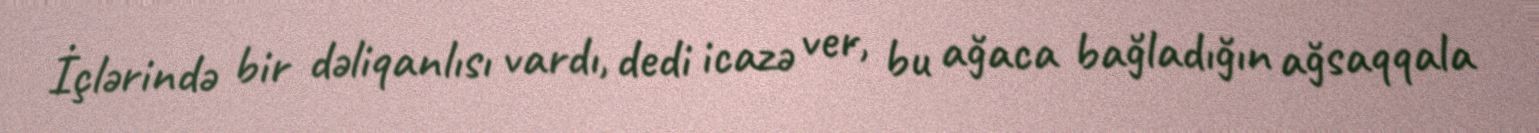
İçlərində bir dəliqanlısı vardı, dedi icazə ver, bu ağaca bağladığın ağsaqqala